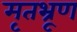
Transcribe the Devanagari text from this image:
मृतभ्रूण